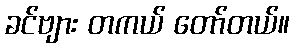
ခင်ဗျား တကယ် တော်တယ်။